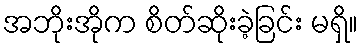
အဘိုးအိုက စိတ်ဆိုးခဲ့ခြင်း မရှိ။